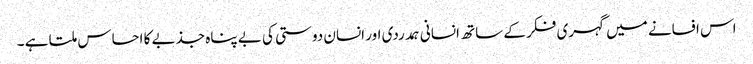
اس افسانے میں گہری فکر کے ساتھ انسانی ہمدردی اور انسان دوستی کی بے پناہ جذبے کا احساس ملتا ہے ۔